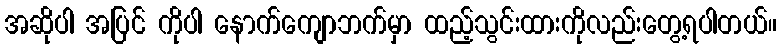
အဆိုပါ အပြင် ကိုပါ နောက်ကျောဘက်မှာ ထည့်သွင်းထားကိုလည်းတွေ့ရပါတယ်။